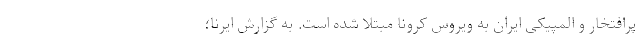
پرافتخار و المپیکی ایران به ویروس کرونا مبتلا شده است. به گزارش ایرنا؛